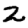
Digit: 2